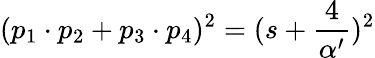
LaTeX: (p_{1}\cdot p_{2}+p_{3}\cdot p_{4})^{2}=(s+\frac{4}{\alpha^{\prime}})^{2}